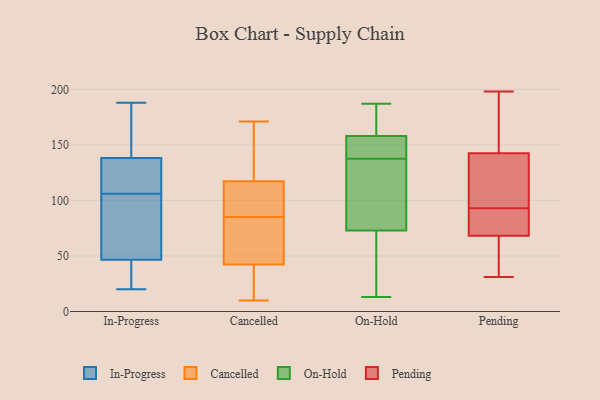
{"axis": {"x": "Net Income (USD K)", "y": "Value"}, "legend": ["Cancelled", "In-Progress", "On-Hold", "Pending"], "data": [{"x": "", "y": 137, "type": "In-Progress"}, {"x": "", "y": 89, "type": "In-Progress"}, {"x": "", "y": 30, "type": "In-Progress"}, {"x": "", "y": 121, "type": "In-Progress"}, {"x": "", "y": 134, "type": "In-Progress"}, {"x": "", "y": 155, "type": "In-Progress"}, {"x": "", "y": 27, "type": "In-Progress"}, {"x": "", "y": 52, "type": "In-Progress"}, {"x": "", "y": 142, "type": "In-Progress"}, {"x": "", "y": 188, "type": "In-Progress"}, {"x": "", "y": 22, "type": "In-Progress"}, {"x": "", "y": 20, "type": "In-Progress"}, {"x": "", "y": 121, "type": "In-Progress"}, {"x": "", "y": 106, "type": "In-Progress"}, {"x": "", "y": 80, "type": "In-Progress"}, {"x": "", "y": 173, "type": "In-Progress"}, {"x": "", "y": 82, "type": "In-Progress"}, {"x": "", "y": 117, "type": "Cancelled"}, {"x": "", "y": 137, "type": "Cancelled"}, {"x": "", "y": 98, "type": "Cancelled"}, {"x": "", "y": 20, "type": "Cancelled"}, {"x": "", "y": 51, "type": "Cancelled"}, {"x": "", "y": 43, "type": "Cancelled"}, {"x": "", "y": 32, "type": "Cancelled"}, {"x": "", "y": 171, "type": "Cancelled"}, {"x": "", "y": 40, "type": "Cancelled"}, {"x": "", "y": 103, "type": "Cancelled"}, {"x": "", "y": 10, "type": "Cancelled"}, {"x": "", "y": 53, "type": "Cancelled"}, {"x": "", "y": 76, "type": "Cancelled"}, {"x": "", "y": 147, "type": "Cancelled"}, {"x": "", "y": 118, "type": "Cancelled"}, {"x": "", "y": 85, "type": "Cancelled"}, {"x": "", "y": 107, "type": "Cancelled"}, {"x": "", "y": 135, "type": "On-Hold"}, {"x": "", "y": 54, "type": "On-Hold"}, {"x": "", "y": 150, "type": "On-Hold"}, {"x": "", "y": 43, "type": "On-Hold"}, {"x": "", "y": 94, "type": "On-Hold"}, {"x": "", "y": 76, "type": "On-Hold"}, {"x": "", "y": 73, "type": "On-Hold"}, {"x": "", "y": 88, "type": "On-Hold"}, {"x": "", "y": 187, "type": "On-Hold"}, {"x": "", "y": 13, "type": "On-Hold"}, {"x": "", "y": 152, "type": "On-Hold"}, {"x": "", "y": 59, "type": "On-Hold"}, {"x": "", "y": 176, "type": "On-Hold"}, {"x": "", "y": 140, "type": "On-Hold"}, {"x": "", "y": 158, "type": "On-Hold"}, {"x": "", "y": 160, "type": "On-Hold"}, {"x": "", "y": 140, "type": "On-Hold"}, {"x": "", "y": 186, "type": "On-Hold"}, {"x": "", "y": 31, "type": "Pending"}, {"x": "", "y": 182, "type": "Pending"}, {"x": "", "y": 79, "type": "Pending"}, {"x": "", "y": 83, "type": "Pending"}, {"x": "", "y": 79, "type": "Pending"}, {"x": "", "y": 44, "type": "Pending"}, {"x": "", "y": 185, "type": "Pending"}, {"x": "", "y": 57, "type": "Pending"}, {"x": "", "y": 93, "type": "Pending"}, {"x": "", "y": 100, "type": "Pending"}, {"x": "", "y": 123, "type": "Pending"}, {"x": "", "y": 142, "type": "Pending"}, {"x": "", "y": 144, "type": "Pending"}, {"x": "", "y": 198, "type": "Pending"}, {"x": "", "y": 95, "type": "Pending"}, {"x": "", "y": 31, "type": "Pending"}, {"x": "", "y": 72, "type": "Pending"}]}